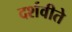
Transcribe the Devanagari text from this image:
दर्शवीते